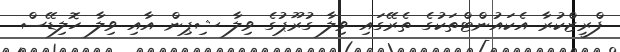
ފްރީޒްކުރާ އެކައުންޓްތަކުގެ ތެރޭގައި ވިލާ ގުރޫޕުގެ ވިލާ ޝިޕިން އާއި ވިލާ ހޮލިޑޭސް